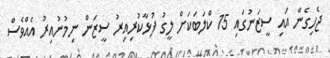
ޖެހިގެން އައި ސީޒަނުގައި 15 ކްލަބަކަށް ލީގު ފުޅާކުރިއިރު ސީޒަން ނިމުނުއިރު އެއްވެސް